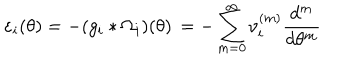
\varepsilon _ { i } ( \theta ) = - ( g _ { i } \ast \Omega _ { i } ) ( \theta ) \, = - \sum _ { m = 0 } ^ { \infty } \nu _ { i } ^ { ( m ) } \frac { d ^ { m } } { d \theta ^ { m } }